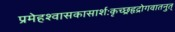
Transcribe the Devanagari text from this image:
प्रमेहश्वासकासार्शःकृच्छ्रहृद्रोगवातनुत्